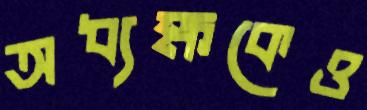
অধ্যক্ষকেও